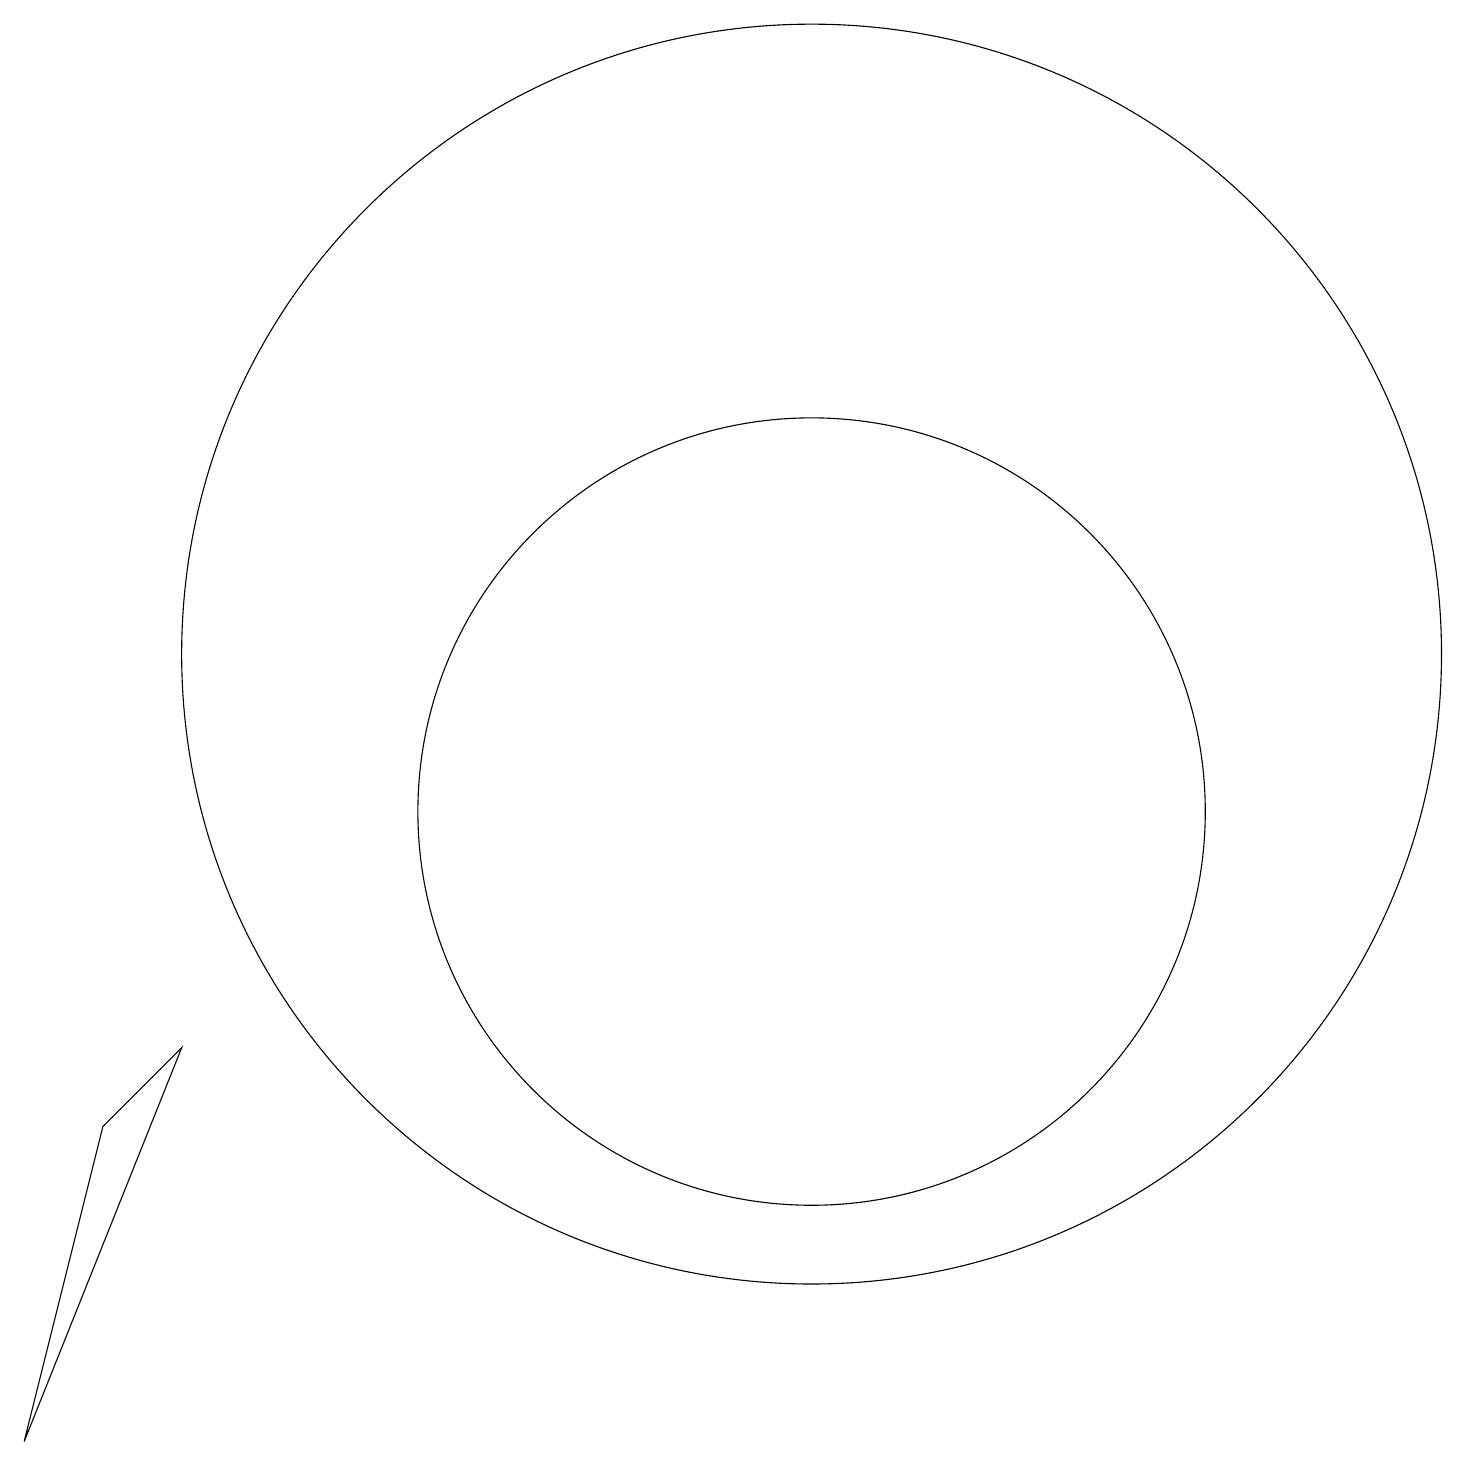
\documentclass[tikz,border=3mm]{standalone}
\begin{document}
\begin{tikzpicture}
\draw (11,10) circle (5);
\draw (3,7) -- (2,6) -- (1,2) -- cycle;
\draw (11,12) circle (8);
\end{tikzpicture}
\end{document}